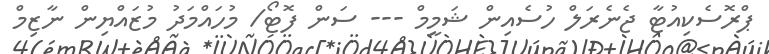
ޕްރޮސެކިއުޓާ ޖެނެރަލް ހުސެއިން ޝަމީމް --- ސަން ފޮޓޯ/ މުހައްމަދު މުޒައްޔިން ނާޒިމް